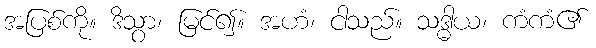
အပြစ်ကို။ ဒိသွာ၊ မြင်၍။ အဟံ၊ ငါသည်။ သဒ္ဓါယ၊ ကံကံ၏